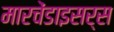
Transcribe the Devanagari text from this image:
मारचेंडाइसर्स